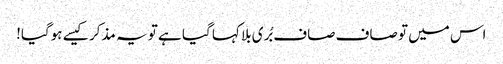
اس میں تو صاف صاف بُری بلا کہا گیا ہے تو یہ مذکر کیسے ہوگیا!